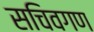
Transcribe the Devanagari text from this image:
सचिवगण